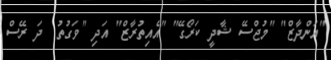
"އަންދާޒް" "މުޖްސޭ ޝާދީ ކަރޯގޭ" "އެއިތުރާޒް" އަދި "ވަގުތު  ދަ ރޭސް